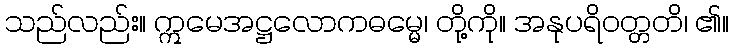
သည်လည်း။ ဣမေအဋ္ဌလောကဓမ္မေ၊ တို့ကို။ အနုပရိဝတ္တတိ၊ ၏။